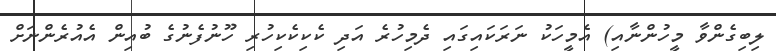
ލިބިގެންވާ މީހުންނާއި) އެމީހަކު ނަރަކައިގައި ދެމިހުރެ އަދި ކެކިކެކިހުރި ހޫނުފެނުގެ ބުއިން އެއުރެންނަށް